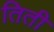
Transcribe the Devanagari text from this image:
तिती